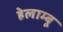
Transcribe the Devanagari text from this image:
हेलाम्बू